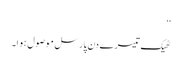
‘‘
ٹھیک تیسرے دن پارسل موصول ہوا۔